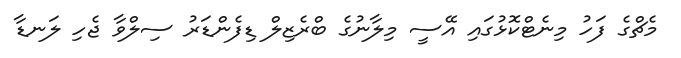
މެޗްގެ ފަހު މިނެޓްކޮޅުގައި އޭސީ މިލާނުގެ ބްރެޒިލް ޑިފެންޑަރު ސިލްވާ ޖެހި ލަނޑާ